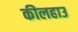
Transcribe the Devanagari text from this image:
कीलहाउ